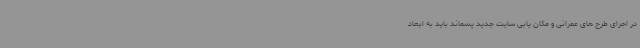
در اجرای طرح های عمرانی و مکان یابی سایت جدید پسماند باید به ابعاد